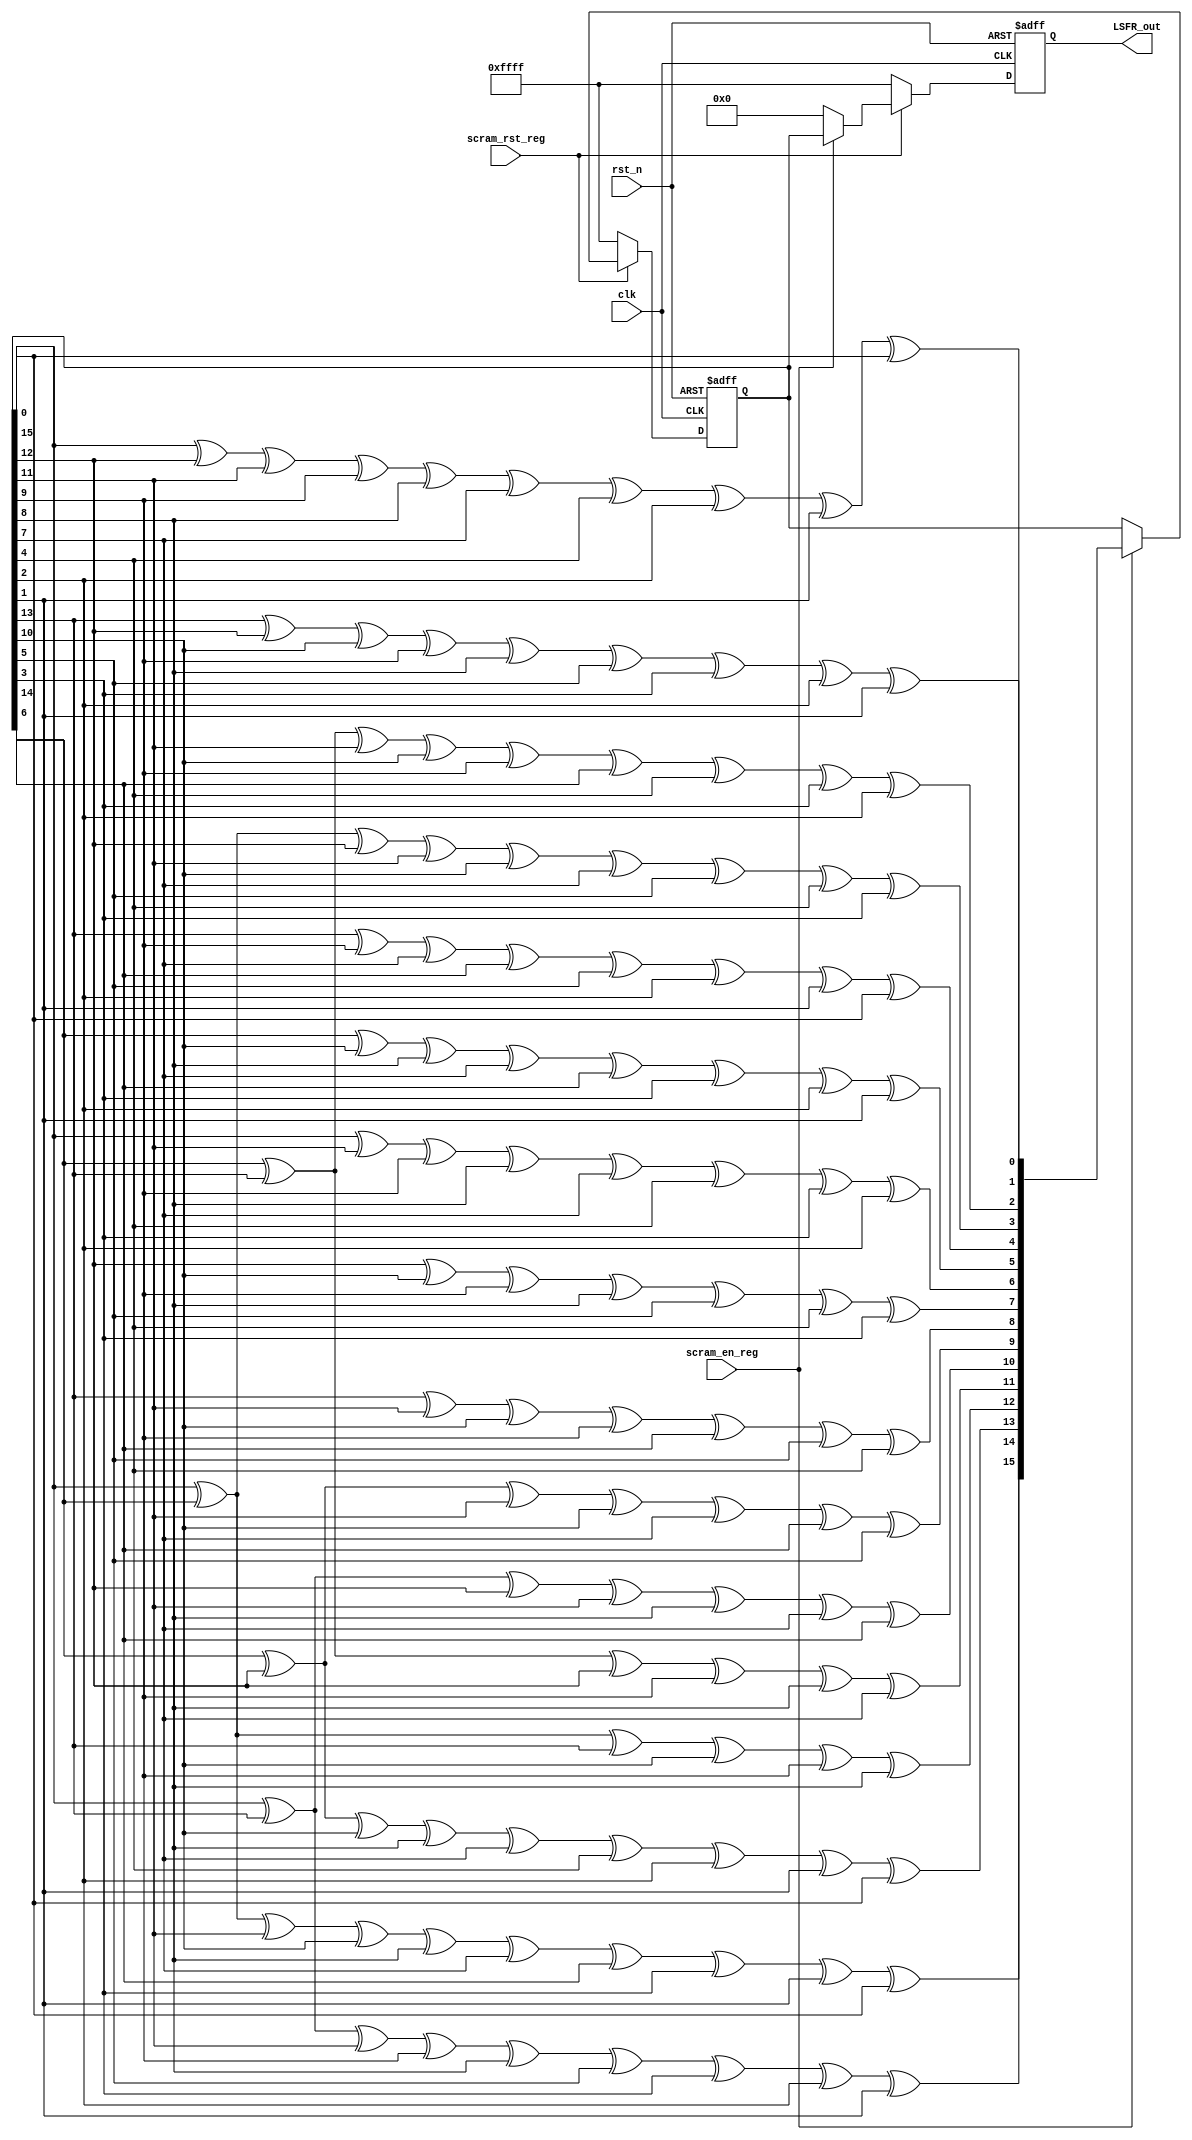
module LSFR #(parameter WIDTH = 16) (
   input  wire clk,
   input  wire rst_n,
   input  wire scram_rst_reg,
   input  wire scram_en_reg,

   output reg  [WIDTH-1:0] LSFR_out
);
   reg [WIDTH-1:0] x_next;
   reg [WIDTH-1:0] x_present;

   always @(*) begin
      x_next[0]  = x_present[15] ^ x_present[12] ^ x_present[11] ^ x_present[9]  ^ x_present[8]  ^ x_present[7] ^ x_present[4] ^ x_present[2] ^ x_present[1] ^ x_present[0];
      x_next[1]  = x_present[13] ^ x_present[12] ^ x_present[10] ^ x_present[9]  ^ x_present[8]  ^ x_present[5] ^ x_present[3] ^ x_present[2] ^ x_present[1];
      x_next[2]  = x_present[14] ^ x_present[13] ^ x_present[11] ^ x_present[10] ^ x_present[9]  ^ x_present[6] ^ x_present[4] ^ x_present[3] ^ x_present[2];
      x_next[3]  = x_present[15] ^ x_present[14] ^ x_present[12] ^ x_present[11] ^ x_present[10] ^ x_present[7] ^ x_present[5] ^ x_present[4] ^ x_present[3];
      x_next[4]  = x_present[13] ^ x_present[9]  ^ x_present[7]  ^ x_present[6]  ^ x_present[5]  ^ x_present[2] ^ x_present[1] ^ x_present[0];
      x_next[5]  = x_present[14] ^ x_present[10] ^ x_present[8]  ^ x_present[7]  ^ x_present[6]  ^ x_present[3] ^ x_present[2] ^ x_present[1];
      x_next[6]  = x_present[15] ^ x_present[11] ^ x_present[9]  ^ x_present[8]  ^ x_present[7]  ^ x_present[4] ^ x_present[3] ^ x_present[2];
      x_next[7]  = x_present[12] ^ x_present[10] ^ x_present[9]  ^ x_present[8]  ^ x_present[5]  ^ x_present[4] ^ x_present[3];
      x_next[8]  = x_present[13] ^ x_present[11] ^ x_present[10] ^ x_present[9]  ^ x_present[6]  ^ x_present[5] ^ x_present[4];
      x_next[9]  = x_present[14] ^ x_present[12] ^ x_present[11] ^ x_present[10] ^ x_present[7]  ^ x_present[6] ^ x_present[5];
      x_next[10] = x_present[15] ^ x_present[13] ^ x_present[12] ^ x_present[11] ^ x_present[8]  ^ x_present[7] ^ x_present[6];
      x_next[11] = x_present[14] ^ x_present[13] ^ x_present[12] ^ x_present[9]  ^ x_present[8]  ^ x_present[7];
      x_next[12] = x_present[15] ^ x_present[14] ^ x_present[13] ^ x_present[10] ^ x_present[9]  ^ x_present[8];
      x_next[13] = x_present[14] ^ x_present[12] ^ x_present[10] ^ x_present[8]  ^ x_present[7]  ^ x_present[4] ^ x_present[2] ^ x_present[1] ^ x_present[0];
      x_next[14] = x_present[15] ^ x_present[13] ^ x_present[11] ^ x_present[9]  ^ x_present[8]  ^ x_present[5] ^ x_present[3] ^ x_present[2] ^ x_present[1];
      x_next[15] = x_present[15] ^ x_present[14] ^ x_present[11] ^ x_present[10] ^ x_present[8]  ^ x_present[7] ^ x_present[6] ^ x_present[3] ^ x_present[1] ^ x_present[0];
   end
   always @(posedge clk, negedge rst_n) begin
      if (!rst_n) begin
         LSFR_out <= 16'hFFFF;
         x_present <= 16'hFFFF;
      end
      else begin
         if (!scram_rst_reg) begin
            LSFR_out <= 16'hFFFF;
            x_present <= 16'hFFFF;
         end
         else begin
            if (!scram_en_reg) begin
               LSFR_out <= 16'h0000;
            end
            else begin
               LSFR_out <= x_present;
               x_present <= x_next;
            end
         end
      end
   end
endmodule